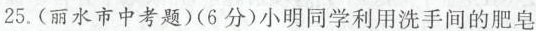
25.(丽水市中考题)(6分)小明同学利用洗手间的肥皂